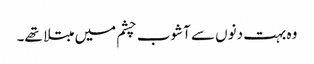
وہ بہت دنوں سے آشوب چشم میں مبتلا تھے۔